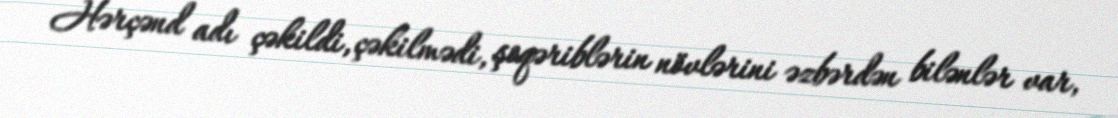
Hərçənd adı çəkildi, çəkilmədi, şoqəriblərin növlərini əzbərdən bilənlər var,